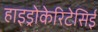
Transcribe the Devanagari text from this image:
हाइड्रोकेरिटेसिई